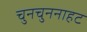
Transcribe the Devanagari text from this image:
चुनचुननाहट